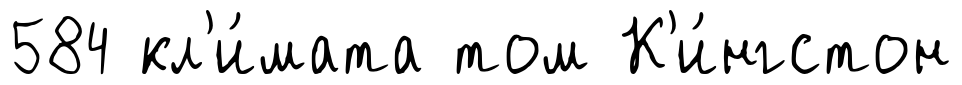
584 кл'и́мата том К'и́нгстон